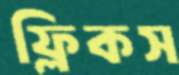
ফ্লিকস